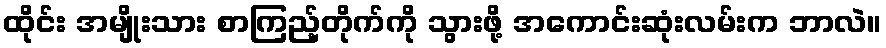
ထိုင်း အမျိုးသား စာကြည့်တိုက်ကို သွားဖို့ အကောင်းဆုံးလမ်းက ဘာလဲ။